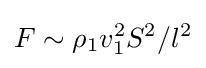
F\sim \rho _{1}v_{1}^{2}S^{2}/l^{2}